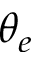
\theta _ { e }